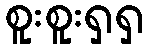
စူးစူးရှရှ